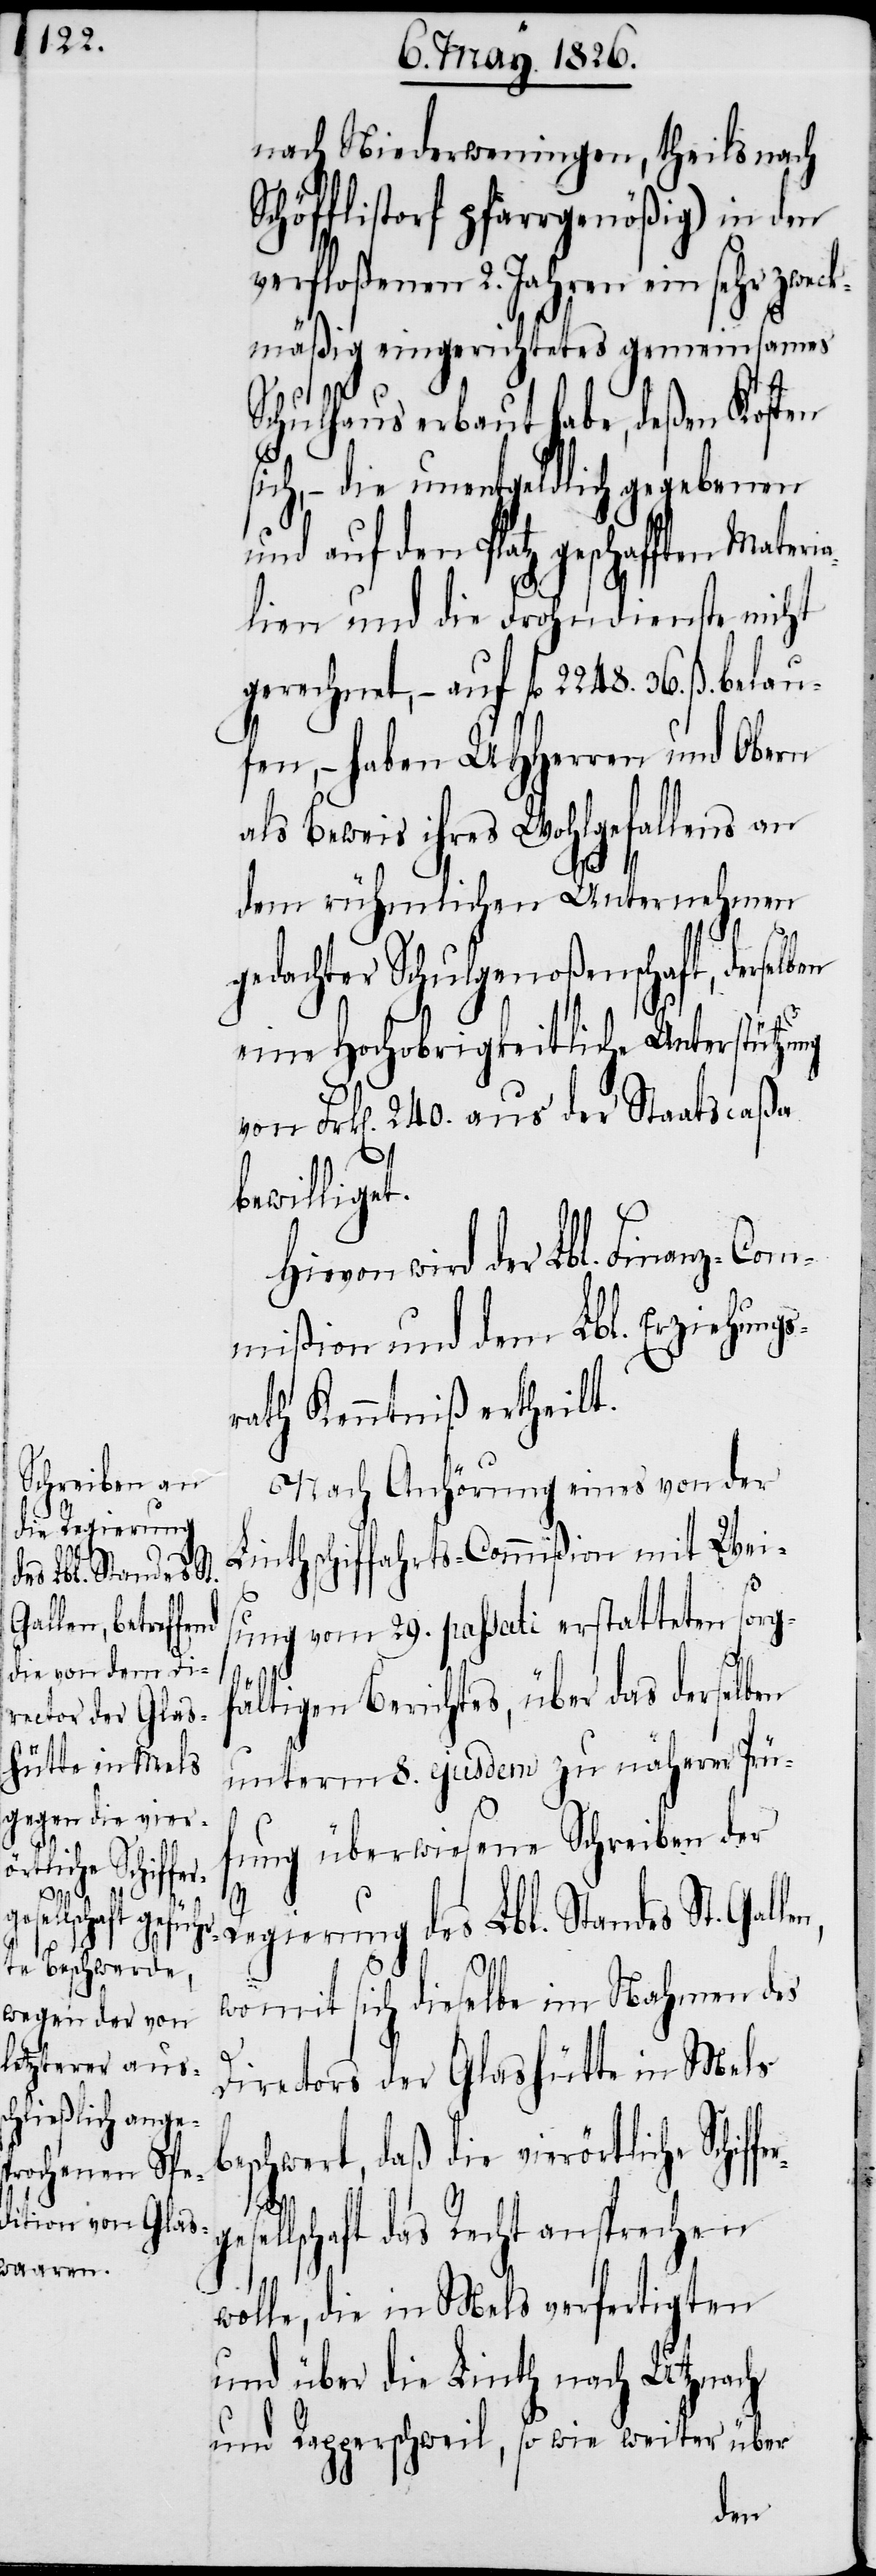
b¬
ferges¬

nach Niederweningen, theils nach
Schöfflistorf pfarrgenößig) in den
verfloßenen 2. Jahren ein sehr zweck¬
mäßig eingerichtetes gemeinsames
Schulhaus erbaut habe, deßen
sich, – die unentgeldlich gegebenen
auf den Platz geschafften
lien und die Frohndienste nicht
gerechnet, – auf fl. 2248. 36. ß. bela¬
ufen, – haben UHHerren und Obern
als Beweis ihres Wohlgefallens an
dem rühmlichen Unternehmen
gedachter Schulgenoßenschaft, derselb¬
eine Hochobrigkeitliche Unterstützung
von Frk[en]. 240. aus der Staatscaßa
bewilliget.
wird der Lbl. Finanz-Com¬
mißion und dem Lbl. Erziehungs¬
rath Kenntniß ertheilt.
Nach Anhörung eines von der
Linthschiffarts-Commißion mit Wei¬
sung vom 29. passati erstatteten sorgf¬
ältigen Berichtes, über das derselb¬
unterm 8. ejusdem zu näherer Prüf¬
ung überwiesene Schreiben der
Regierung des Lbl. Standes St. Gal¬
womit sich dieselbe im Nahmen des
Directors der Glashütte in Mels
eschwert, daß die vierörtliche Schif¬
ellschaft das Recht ansprechen
wolle, die in Mels verfertigten
und über die Linth nach Utznach
und Rapperschweil, so wie weiter über
len,